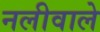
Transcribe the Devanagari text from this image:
नलीवाले